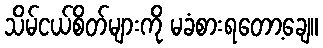
သိမ်ငယ်စိတ်များကို မခံစားရတော့ချေ။